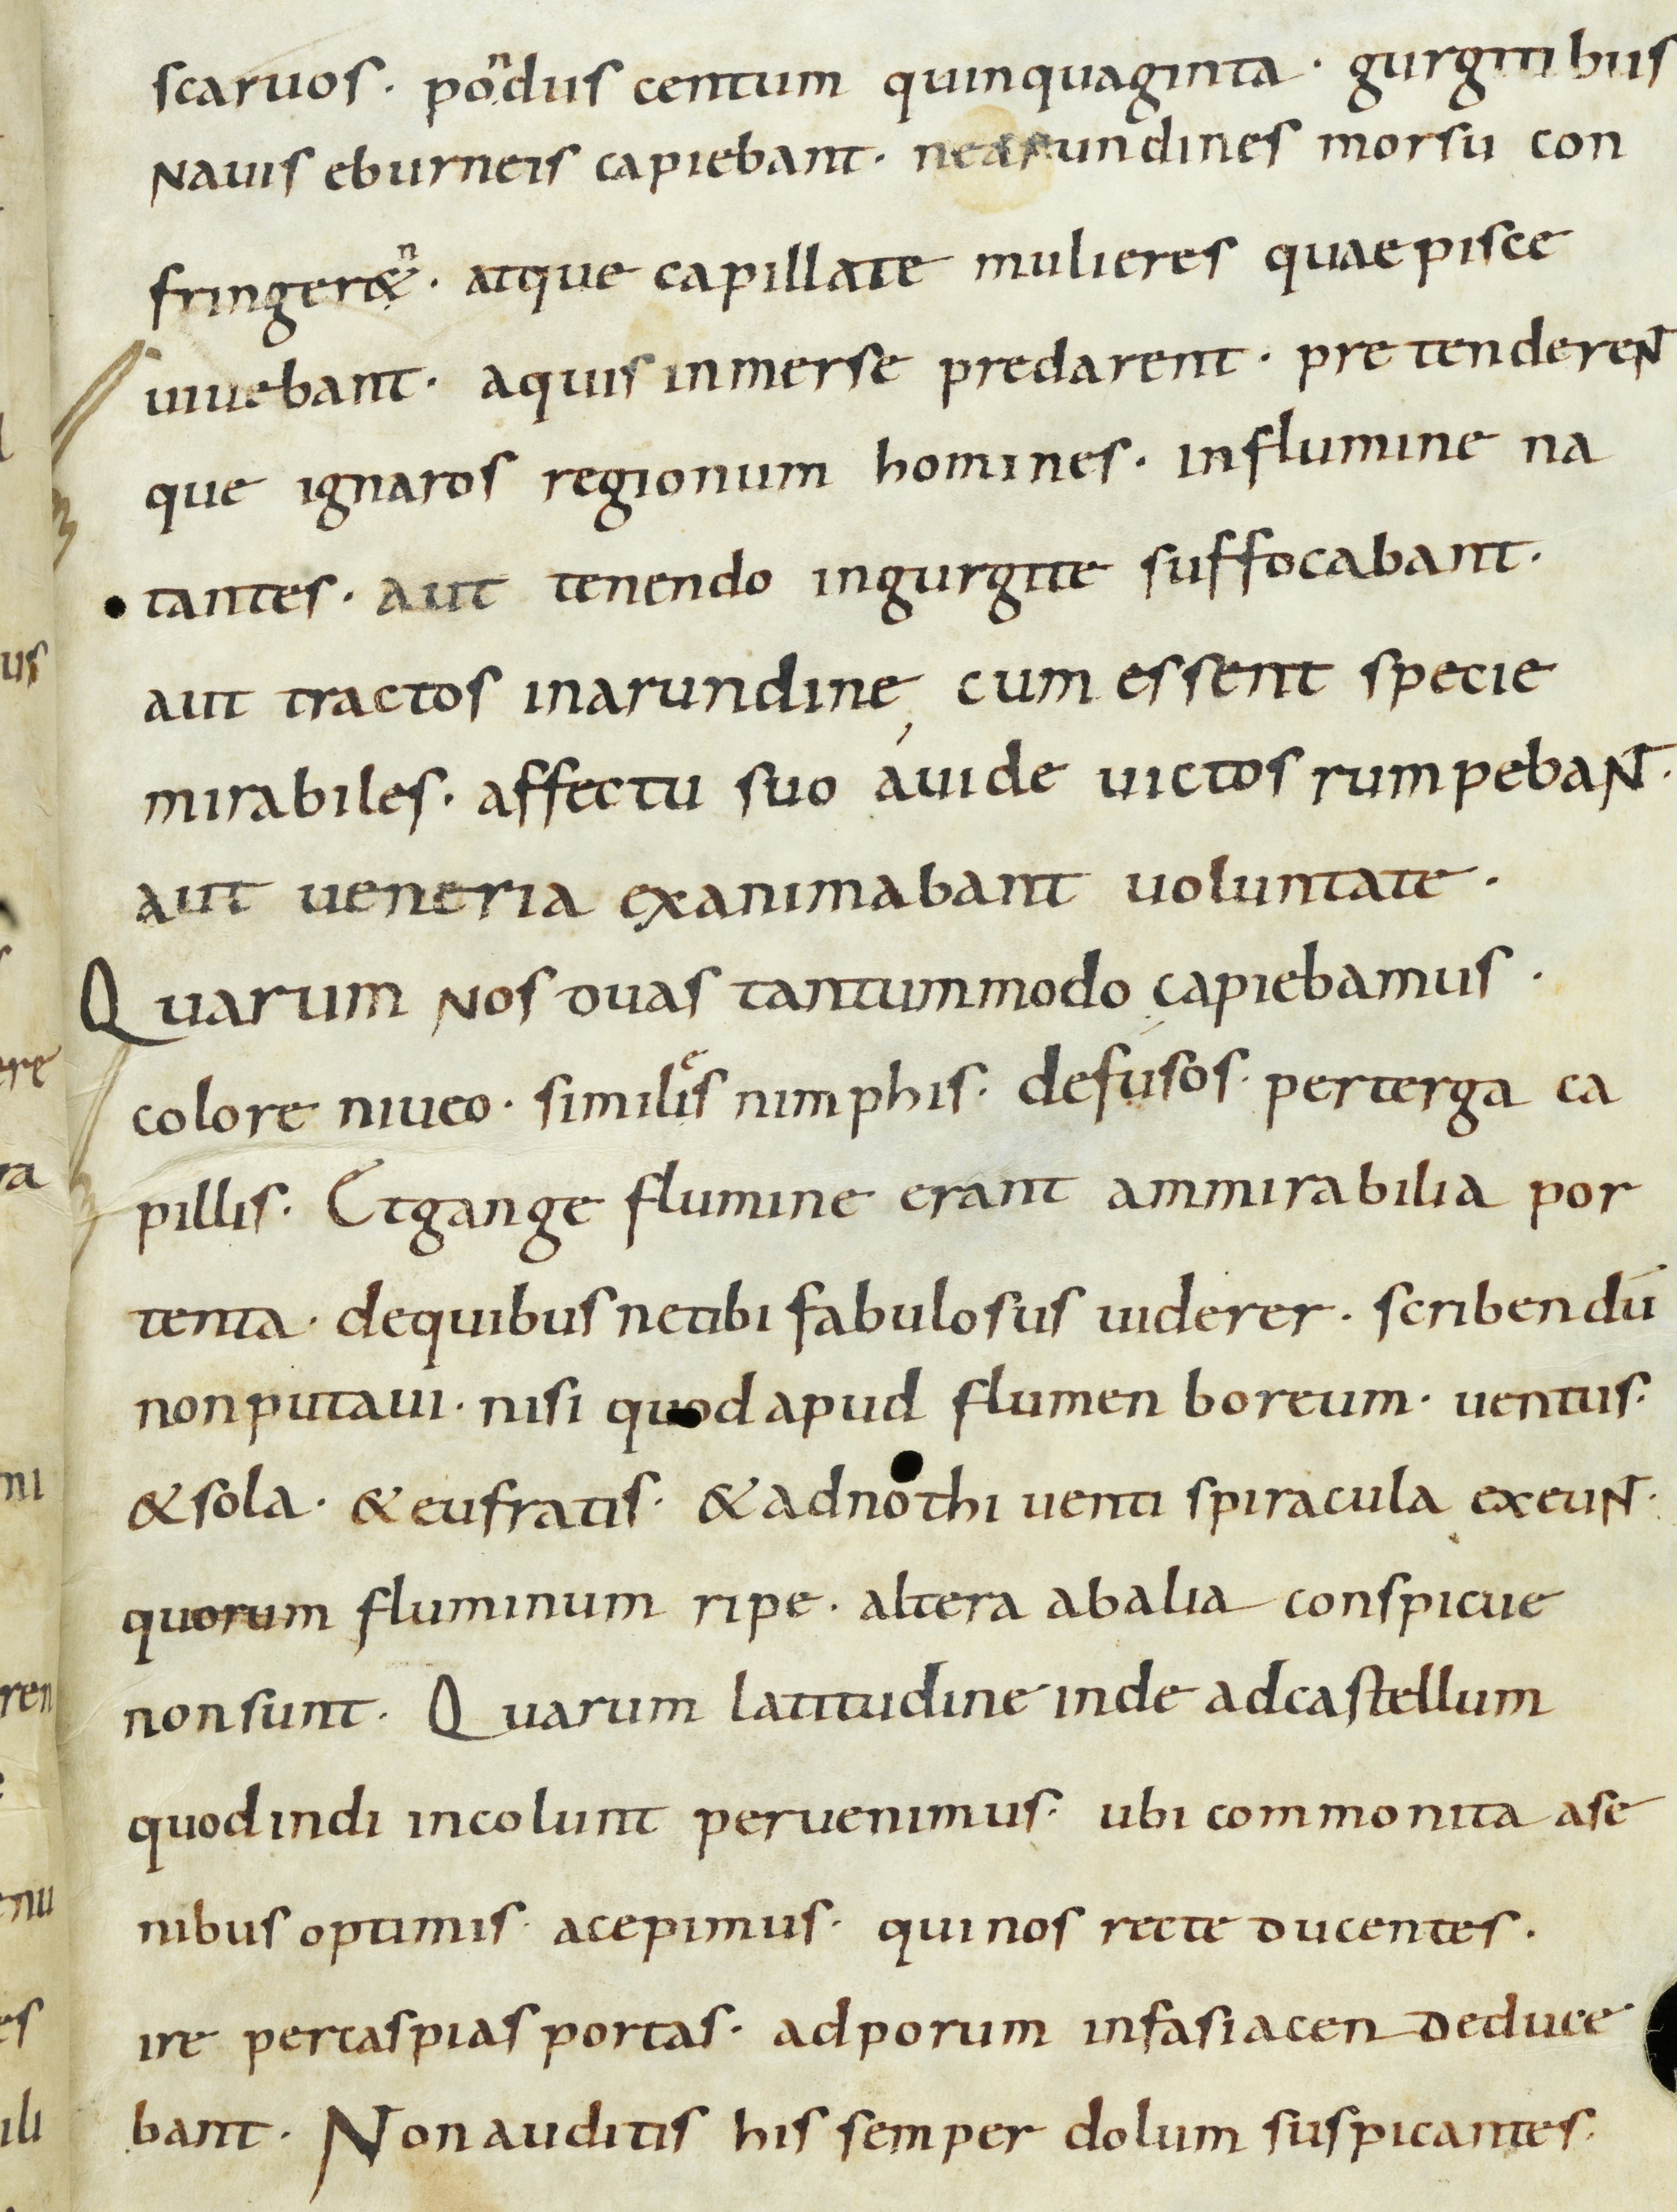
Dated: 900–932